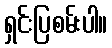
ရှင်းပြစမ်းပါ။